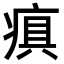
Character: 𤷢